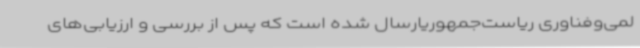
لمی‌وفناوری ریاست‌جمهوریارسال شده است که پس از بررسی و ارزیابی‌های